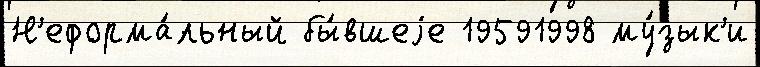
Н'еформа́льный бы́вшеjе 19591998 му́зык'и